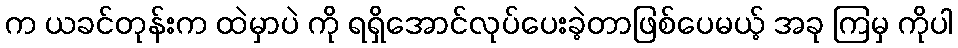
က ယခင်တုန်းက ထဲမှာပဲ ကို ရရှိအောင်လုပ်ပေးခဲ့တာဖြစ်ပေမယ့် အခု ကြမှ ကိုပါ